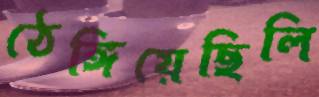
ঠেঙ্গিয়েছিলি